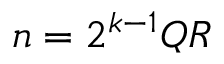
n = 2 ^ { k - 1 } Q R